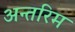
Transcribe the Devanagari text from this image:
अन्‍तरिम